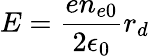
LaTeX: E=\frac{en_{e0}}{2\epsilon_{0}}r_{d}